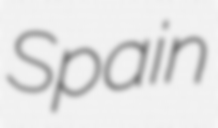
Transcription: Spain